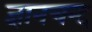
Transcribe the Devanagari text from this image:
ज्ञानचन्द